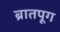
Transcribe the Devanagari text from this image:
ब्रातपूग